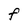
Character: F